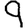
Digit: 9